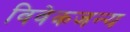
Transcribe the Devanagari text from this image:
विवेकजन्य